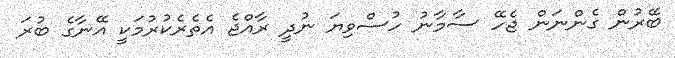
ބޭރުން ގެންނަން ޖެހޭ ސާމާނު ހުސްވިޔަ ނުދީ ރާއްޖެ އެތެރެކުރުމަކީ އޭނާގެ ބުރަ